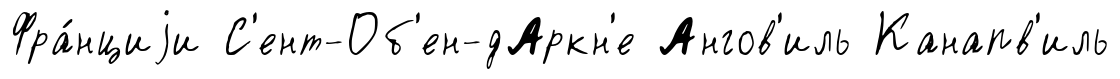
Фра́нциjи С'ент-Об'ен-дАркн'е Ангов'иль Канапв'иль